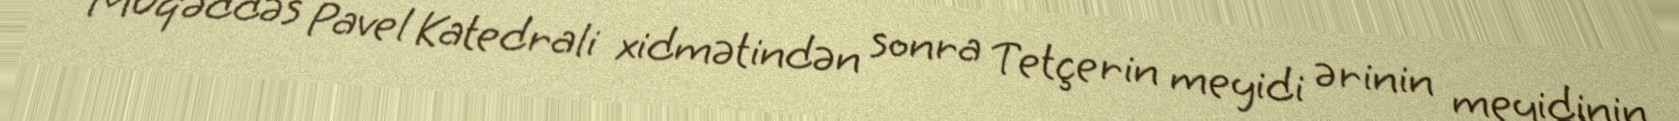
Müqəddəs Pavel Katedrali xidmətindən sonra Tetçerin meyidi ərinin meyidinin